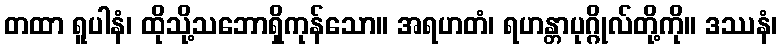
တထာ ရူပါနံ၊ ထိုသို့သဘောရှိကုန်သော။ အရဟတံ၊ ရဟန္တာပုဂ္ဂိုလ်တို့ကို။ ဒဿနံ၊